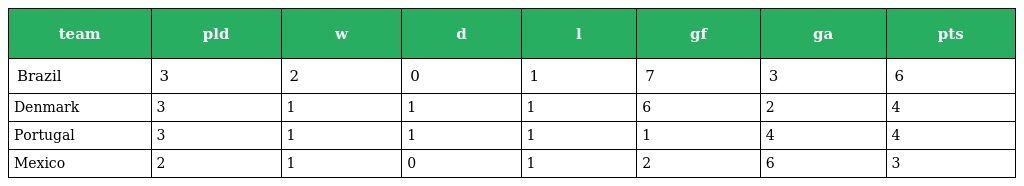
| team | pld | w | d | l | gf | ga | pts |
 | --- | --- | --- | --- | --- | --- | --- | --- |
 | Brazil | 3 | 2 | 0 | 1 | 7 | 3 | 6 |
 | Denmark | 3 | 1 | 1 | 1 | 6 | 2 | 4 |
 | Portugal | 3 | 1 | 1 | 1 | 1 | 4 | 4 |
 | Mexico | 2 | 1 | 0 | 1 | 2 | 6 | 3 |